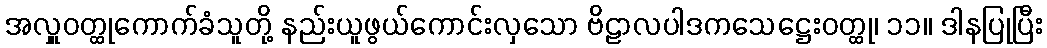
အလှူဝတ္ထုကောက်ခံသူတို့ နည်းယူဖွယ်ကောင်းလှသော ဗိဠာလပါဒကသေဋ္ဌေးဝတ္ထု၊ ၁၁။ ဒါနပြုပြီး